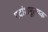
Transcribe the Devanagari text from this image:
पदांशमूल्यक